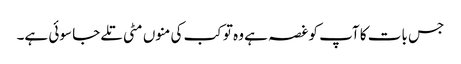
جس بات کا آپ کو غصہ ہے وہ تو کب کی منوں مٹی تلے جا سوئی ہے۔